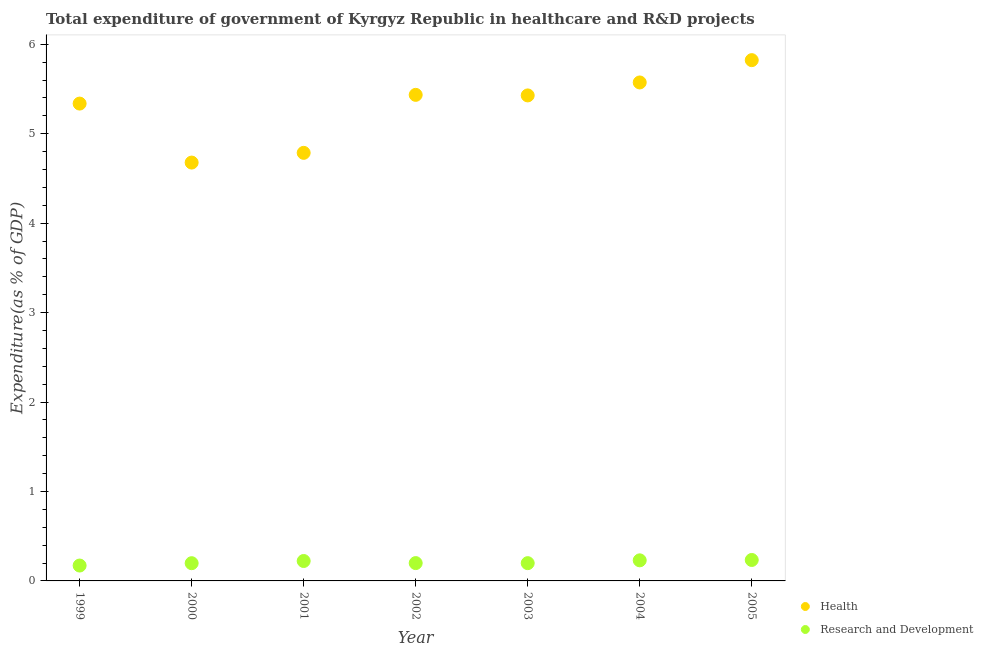
| Year | Health | Research and Development |
 | --- | --- | --- |
 | 1999 | 5.34 | 0.172 |
 | 2000 | 4.68 | 0.198 |
 | 2001 | 4.79 | 0.223 |
 | 2002 | 5.43 | 0.199 |
 | 2003 | 5.43 | 0.199 |
 | 2004 | 5.57 | 0.23 |
 | 2005 | 5.82 | 0.234 |